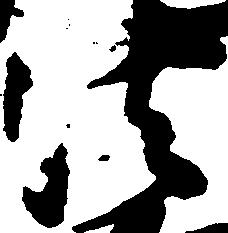
法